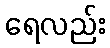
ရေလည်း